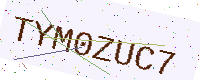
Text: TYM0ZUC7